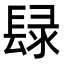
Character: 𨲒